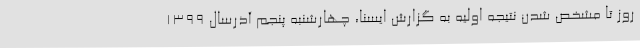
روز تا مشخص شدن نتیجه اولیه به گزارش ایسنا، چهارشنبه پنجم آذرسال 1399